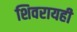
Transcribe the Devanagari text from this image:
शिवरायही